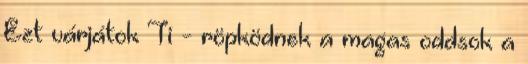
Ezt várjátok Ti - röpködnek a magas oddsok a